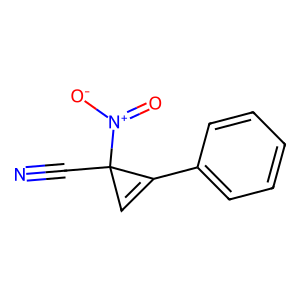
SMILES: N#CC1([N+](=O)[O-])C=C1c1ccccc1
Inhibits HIV replication: No